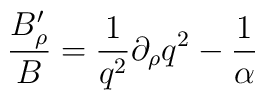
{B'_\rho \over B}= { 1 \over q^2} \partial_\rho q^2 -{ 1 \over \alpha}